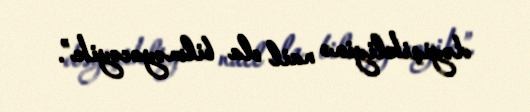
dəyişikliyinə nail ola bilməyəcəyik”.